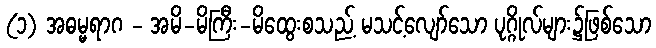
(၁) အဓမ္မရာဂ - အမိ-မိကြီး-မိထွေးစသည့် မသင့်လျော်သော ပုဂ္ဂိုလ်များ၌ဖြစ်သော